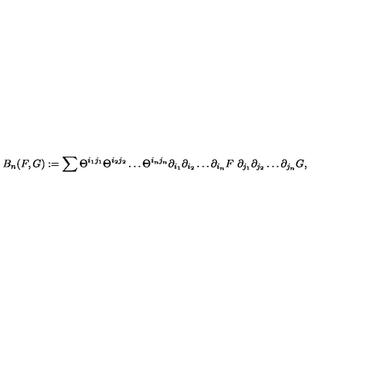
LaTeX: B _ { n } ( F , G ) : = \sum \Theta ^ { i _ { 1 } j _ { 1 } } \Theta ^ { i _ { 2 } j _ { 2 } } \dots \Theta ^ { i _ { n } j _ { n } } \partial _ { i _ { 1 } } \partial _ { i _ { 2 } } \dots \partial _ { i _ { n } } F \ \partial _ { j _ { 1 } } \partial _ { j _ { 2 } } \dots \partial _ { j _ { n } } G ,